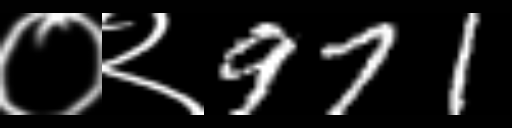
Text: ०२971